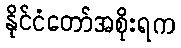
နိုင်ငံတော်အစိုးရက